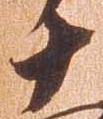
十